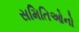
સમિતિઓનો